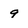
Character: 9